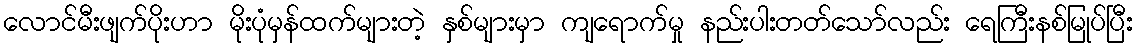
လောင်မီးဖျက်ပိုးဟာ မိုးပုံမှန်ထက်များတဲ့ နှစ်များမှာ ကျရောက်မှု နည်းပါးတတ်သော်လည်း ရေကြီးနစ်မြုပ်ပြီး